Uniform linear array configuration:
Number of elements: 24
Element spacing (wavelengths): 0.75
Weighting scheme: hann
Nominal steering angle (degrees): -30
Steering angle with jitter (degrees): -29.077
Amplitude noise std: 0.05
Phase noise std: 0.05

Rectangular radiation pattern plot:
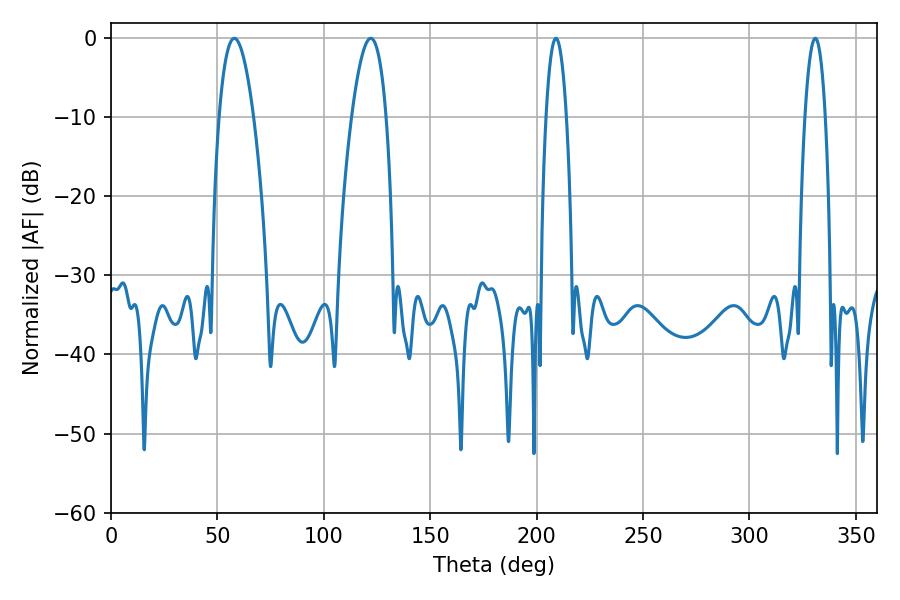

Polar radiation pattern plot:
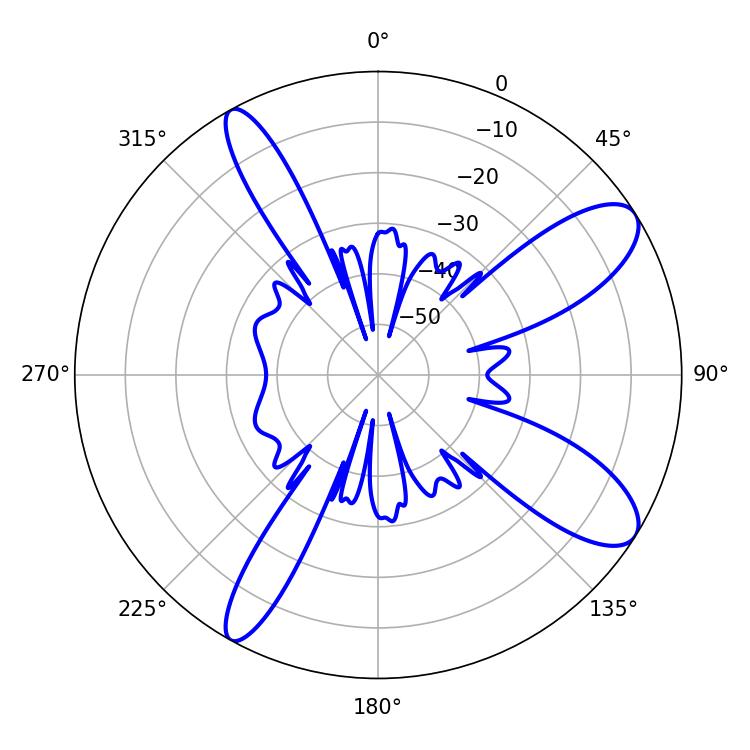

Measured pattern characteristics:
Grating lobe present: TRUE
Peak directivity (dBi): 10.282
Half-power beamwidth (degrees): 8.82
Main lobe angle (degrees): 122.04